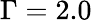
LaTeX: \Gamma=2.0